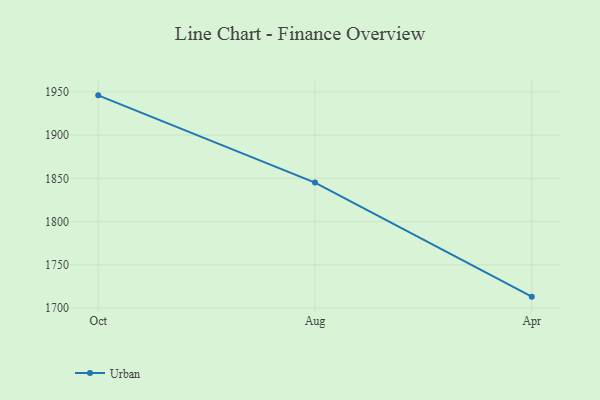
{"axis": {"x": "Month", "y": "Backlog"}, "legend": ["Urban"], "data": [{"x": "Oct", "y": 1945.9, "type": "Urban"}, {"x": "Aug", "y": 1845.1, "type": "Urban"}, {"x": "Apr", "y": 1713.3, "type": "Urban"}]}